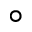
^ \circ